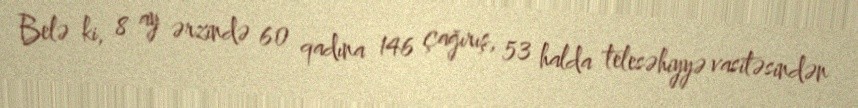
Belə ki, 8 ay ərzində 60 qadına 146 çağırış, 53 halda telesəhiyyə vasitəsindən